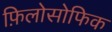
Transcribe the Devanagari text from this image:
फ़िलोसोफिक